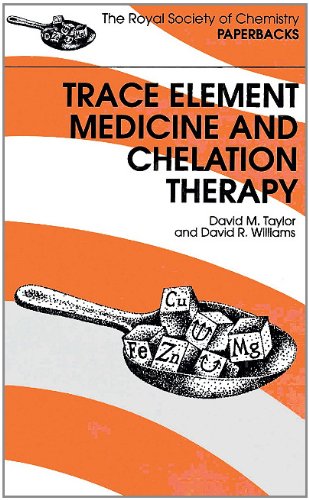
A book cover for Trace Elements Medicine and Chelation Therapy: RSC (RSC Paperbacks); David R Williams; Health, Fitness & Dieting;